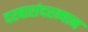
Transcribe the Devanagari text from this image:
दरबारांदरम्यान